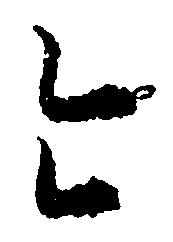
令